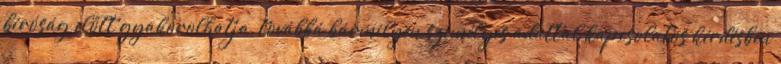
bíróság előtt gyakorolhatja, továbbá bármilyen személyes adattal kapcsolatos kérdésben